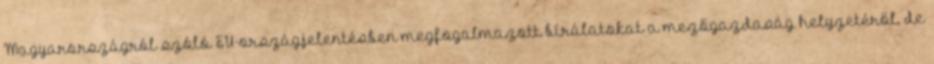
Magyarországról szóló EU-országjelentésben megfogalmazott bírálatokat a mezőgazdaság helyzetéről, de